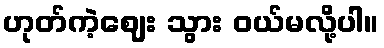
ဟုတ်ကဲ့ဈေး သွား ဝယ်မလို့ပါ။